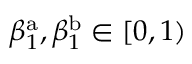
\beta _ { 1 } ^ { \mathrm { a } } , \beta _ { 1 } ^ { \mathrm { b } } \in [ 0 , 1 )